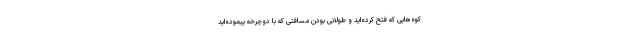
کوه‌هایی که فتح کرده‌اید و طولانی بودن مسافتی که با دوچرخه پیموده‌اید